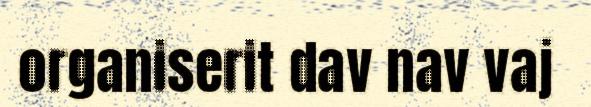
organiserit dav nav vaj